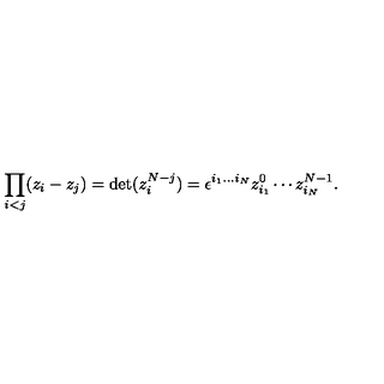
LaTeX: \prod _ { i < j } ( z _ { i } - z _ { j } ) = \mathrm { d e t } ( z _ { i } ^ { N - j } ) = \epsilon ^ { i _ { 1 } . . . i _ { N } } z _ { i _ { 1 } } ^ { 0 } \cdots z _ { i _ { N } } ^ { N - 1 } .